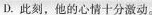
D.此刻，他的心情十分激动。